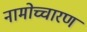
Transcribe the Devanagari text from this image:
नामोच्चारण